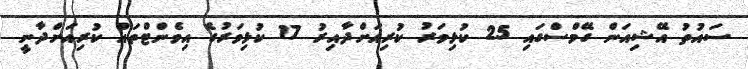
ސައުތު އޭޝިއަން ގޭމްސްގައި 25 ކުޅިވަރު ކުރިއަށްދާއިރު 17 ކުޅިވަރުގެ އިވެންޓްތައް ކުރިއަށްދާނީ